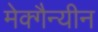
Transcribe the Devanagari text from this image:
मेक्गैन्यीन